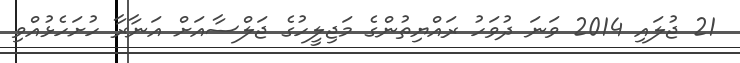
21 ޖުލައި 2014 ވަނަ ދުވަހު ރައްޔިތުންގެ މަޖިލީހުގެ ޖަލްސާއަށް އަނާރާ ހުށަހެޅުއްވި